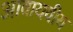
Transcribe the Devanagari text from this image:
आवायवीय